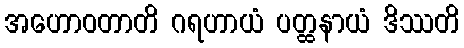
အဟောဝတာတိ ဂရဟာယံ ပတ္ထနာယံ ဒိဿတိ